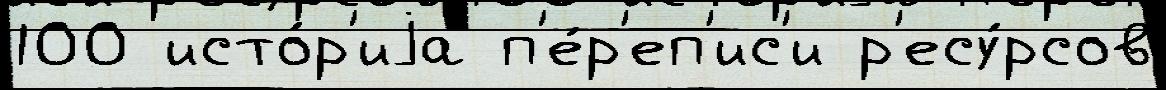
100 исто́р'иjа п'е́р'еп'ис'и р'есу́рсов